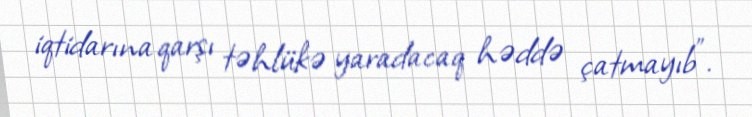
iqtidarına qarşı təhlükə yaradacaq həddə çatmayıb".